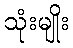
သုံးမျိုး